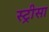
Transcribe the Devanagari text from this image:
स्ट्रीसा